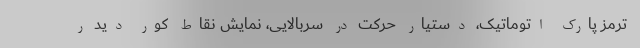
ترمز پارک اتوماتیک، دستیار حرکت در سربالایی، نمایش نقاط کور دید ر